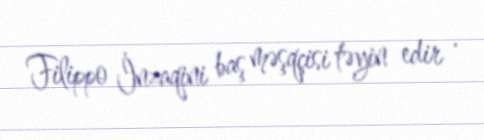
Filippo İnzaqini baş məşqçisi təyin edir .